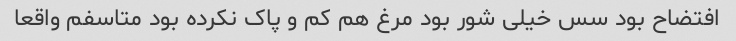
افتضاح بود سس خیلی شور بود مرغ هم کم و پاک نکرده بود متاسفم واقعا